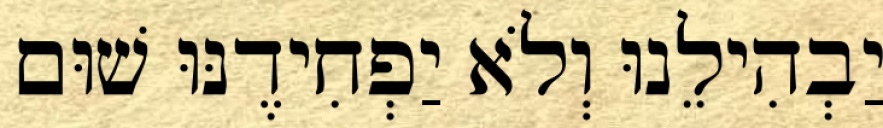
יַבְהִילֵנוּ וְלֹא יַפְחִידֶנּוּ שׁוּם